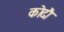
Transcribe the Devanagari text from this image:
कोदौ